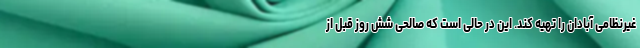
غیرنظامی آبادان را تهیه کند. این در حالی است که صالحی شش روز قبل از